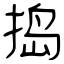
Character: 捣